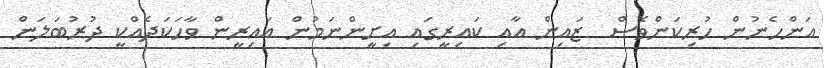
އަންހެނުން ހުރިކަންވެސް  ޒައިން އާއި ކައިރީގައި އިށީންނަމުން އައިރީން ވާހަކަދެއްކީ ދުރުބަލަން